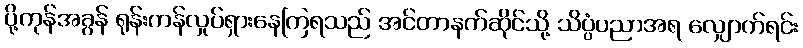
ပို့ကုန်အခွန် ရုန်းကန်လှုပ်ရှားနေကြရသည် အင်တာနက်ဆိုင်သို့ သိပ္ပံပညာအရ လျှောက်ရင်း